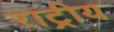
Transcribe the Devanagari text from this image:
राट्रीय